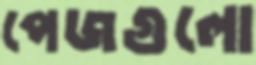
পেজগুলো